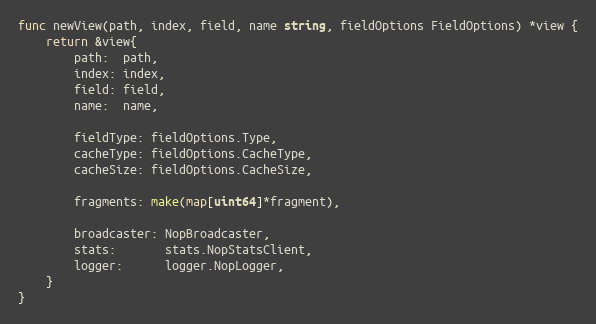
Language: Go
func newView(path, index, field, name string, fieldOptions FieldOptions) *view {
	return &view{
		path:  path,
		index: index,
		field: field,
		name:  name,

		fieldType: fieldOptions.Type,
		cacheType: fieldOptions.CacheType,
		cacheSize: fieldOptions.CacheSize,

		fragments: make(map[uint64]*fragment),

		broadcaster: NopBroadcaster,
		stats:       stats.NopStatsClient,
		logger:      logger.NopLogger,
	}
}